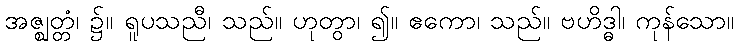
အဇ္ဈတ္တံ၊ ၌။ ရူပသညီ၊ သည်။ ဟုတွာ၊ ၍။ ဧကော၊ သည်။ ဗဟိဒ္ဓါ၊ ကုန်သော။